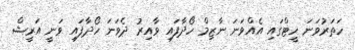
ހަތަރުވަނަ ހީޓްގައި އެއްވަނަ ނާޒިމް ހޯދާފައި ވާއިރު ދެވަނަ ހޯދާފައި ވަނީ އަރީޝް